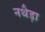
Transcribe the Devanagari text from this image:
नथैड़ा